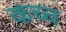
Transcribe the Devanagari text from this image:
कच्च